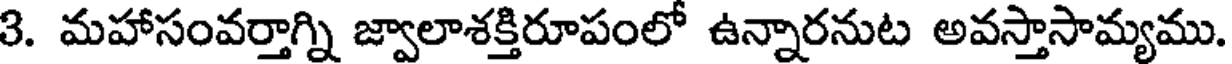
3. మహాసంవర్తాగ్ని జ్వాలాశక్తిరూపంలో ఉన్నారనుట అవస్తాసామ్యము.